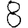
Digit: 8